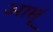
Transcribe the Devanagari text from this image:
आसूं